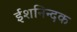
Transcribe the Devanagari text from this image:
ईशनिन्दक